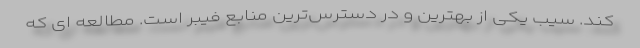
کند. سیب یکی از بهترین و در دسترس‌ترین منابع فیبر است. مطالعه ای که